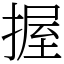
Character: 握